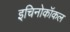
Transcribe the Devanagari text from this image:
इचिनोकॉकल